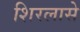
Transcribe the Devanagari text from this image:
शिरलासे